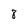
Character: 8